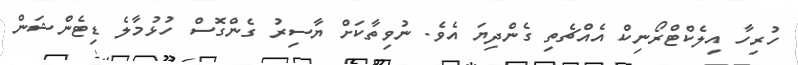
ހުރިހާ އިލެކްޓްރޯނިކް އެއްޗެތި ގެންދިޔަ އެވެ. ނުވިތާކަށް ޔާސިރު ގެންގޮސް ހުޅުމާލެ ޑިޓެންޝަން